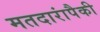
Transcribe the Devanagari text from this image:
मतदारांपैकी